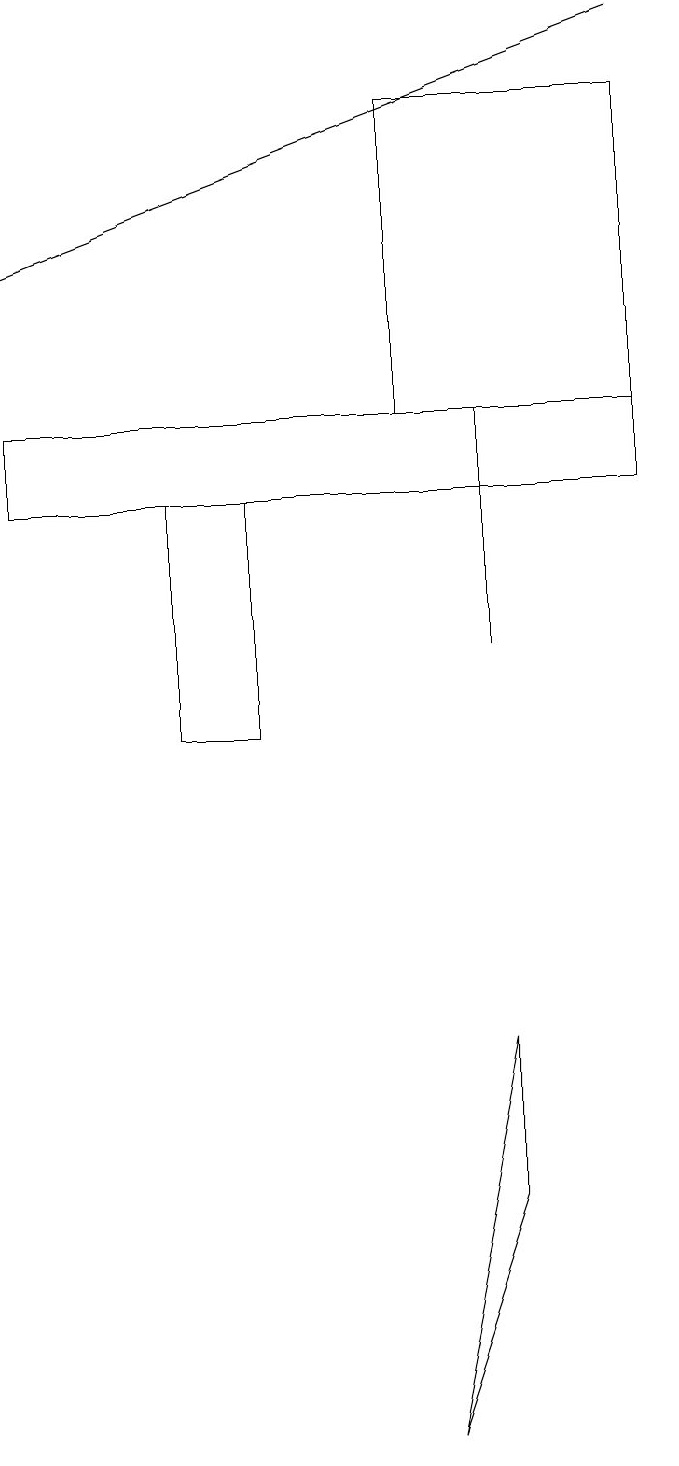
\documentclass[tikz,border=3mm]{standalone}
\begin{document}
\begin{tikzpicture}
\draw (6,11) rectangle (6,14);
\draw (2,13) rectangle (3,10);
\draw (6,4) -- (6,6) -- (5,1) -- cycle;
\draw (5,18) rectangle (8,14);
\draw (0,14) rectangle (8,13);
\draw[->] (8,19) -- (0,16);
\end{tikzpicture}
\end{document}